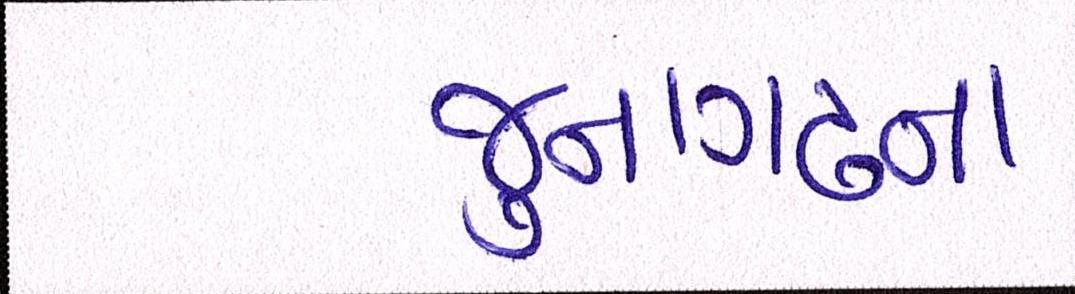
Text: જુનાગઢના